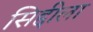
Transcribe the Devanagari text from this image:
सिद्दीला